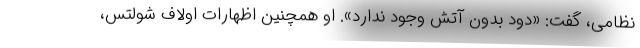
نظامی، گفت: «دود بدون آتش وجود ندارد». او همچنین اظهارات اولاف شولتس،